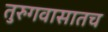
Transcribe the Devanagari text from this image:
तुरुगवासातच